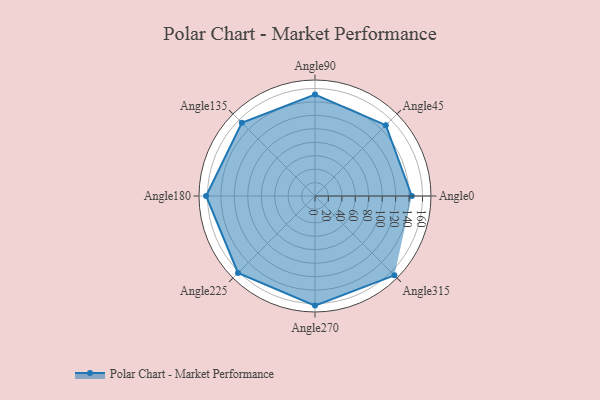
{"axis": {"x": "Angle", "y": "Radius"}, "legend": [""], "data": [{"x": "Angle0", "y": 144.0, "type": ""}, {"x": "Angle45", "y": 149.0, "type": ""}, {"x": "Angle90", "y": 151.0, "type": ""}, {"x": "Angle135", "y": 154.0, "type": ""}, {"x": "Angle180", "y": 162.0, "type": ""}, {"x": "Angle225", "y": 162.0, "type": ""}, {"x": "Angle270", "y": 163.0, "type": ""}, {"x": "Angle315", "y": 167.0, "type": ""}]}